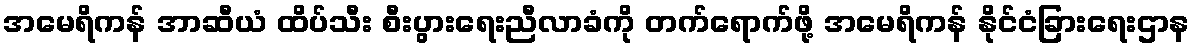
အမေရိကန် အာဆီယံ ထိပ်သီး စီးပွားရေးညီလာခံကို တက်ရောက်ဖို့ အမေရိကန် နိုင်ငံခြားရေးဌာန